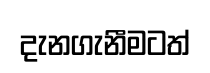
දැනගැනීමටත්